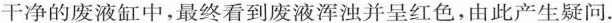
干净的废液缸中，最终看到废液浑浊并呈红色，由此产生疑问.